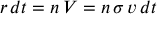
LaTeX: r \, d t = n \, V = n \, \sigma \, v \, d t